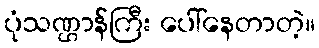
ပုံသဏ္ဌာန်ကြီး ပေါ်နေတာတဲ့။